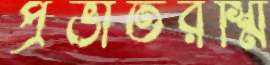
প্রভাতরশ্মি